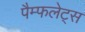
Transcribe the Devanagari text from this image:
पैम्फलेट्स